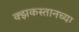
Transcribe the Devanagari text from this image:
क्झकस्तानच्या